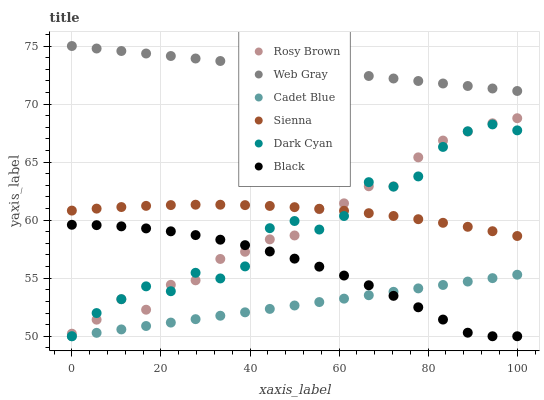
| xaxis_label | Rosy Brown | Web Gray | Cadet Blue | Sienna | Dark Cyan | Black |
 | --- | --- | --- | --- | --- | --- | --- |
 | 0 | 50.2 | 75 | 50 | 60.8 | 50 | 59.6 |
 | 5.56 | 51.4 | 74.8 | 50.3 | 61 | 52 | 59.6 |
 | 11.1 | 53.2 | 74.6 | 50.6 | 61.1 | 53.2 | 59.5 |
 | 16.7 | 52.3 | 74.4 | 50.9 | 61.2 | 54.3 | 59.3 |
 | 22.2 | 54.4 | 74.1 | 51.2 | 61.3 | 53.9 | 59 |
 | 27.8 | 54.8 | 73.9 | 51.5 | 61.3 | 55.5 | 58.7 |
 | 33.3 | 56.7 | 73.7 | 51.8 | 61.3 | 55 | 58.3 |
 | 38.9 | 57.3 | 73.5 | 52.1 | 61.3 | 56 | 57.8 |
 | 44.4 | 58.3 | 73.3 | 52.4 | 61.2 | 59.3 | 57.3 |
 | 50 | 58.7 | 73.1 | 52.7 | 61.1 | 59.9 | 56.7 |
 | 55.6 | 60.9 | 72.8 | 52.9 | 61 | 59.2 | 56 |
 | 61.1 | 61.5 | 72.6 | 53.2 | 60.8 | 60.4 | 55.2 |
 | 66.7 | 62.9 | 72.4 | 53.5 | 60.6 | 63.3 | 54.4 |
 | 72.2 | 62.9 | 72.2 | 53.8 | 60.4 | 62.9 | 53.5 |
 | 77.8 | 65.4 | 72 | 54.1 | 60.1 | 63.8 | 52.5 |
 | 83.3 | 66.9 | 71.8 | 54.4 | 59.8 | 66.3 | 51.4 |
 | 88.9 | 67.6 | 71.6 | 54.7 | 59.4 | 67.7 | 50.3 |
 | 94.4 | 68.3 | 71.3 | 55 | 59 | 68.2 | 50 |
 | 100 | 68.8 | 71.1 | 55.3 | 58.6 | 67.7 | 50 |